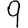
Digit: 9